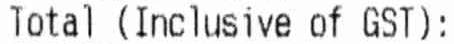
TOTAL (INCLUSIVE OF GST):